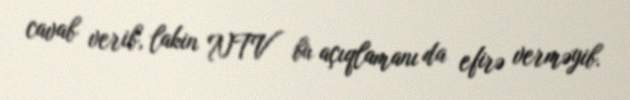
cavab verib, lakin NTV bu açıqlamanı da efirə verməyib.